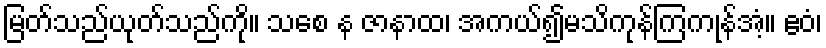
မြတ်သည်ယုတ်သည်ကို။ သစေ န ဇာနာထ၊ အကယ်၍မသိကုန်ကြကုန်အံ့။ ဧဝံ၊